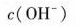
c ( O H ^ { - } )$$